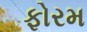
ફોરમ